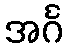
အင်္ဂ